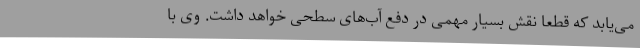
می‌یابد که قطعا نقش بسیار مهمی در دفع آب‌های سطحی خواهد داشت. وی با